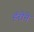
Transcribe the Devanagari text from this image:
हॅरीने